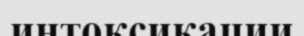
интоксикации